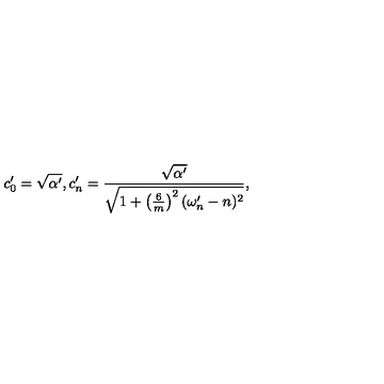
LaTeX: c _ { 0 } ^ { \prime } = \sqrt { \alpha ^ { \prime } } , c _ { n } ^ { \prime } = \frac { \sqrt { \alpha ^ { \prime } } } { \sqrt { 1 + \left( \frac { 6 } { m } \right) ^ { 2 } ( \omega _ { n } ^ { \prime } - n ) ^ { 2 } } } ,